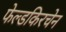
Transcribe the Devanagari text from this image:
फेल्डकिरचेन